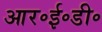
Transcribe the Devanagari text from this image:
आर॰ई॰डी॰